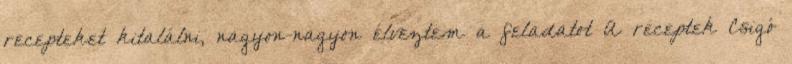
recepteket kitalálni, nagyon-nagyon élveztem a feladatot A receptek Csigó